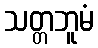
သတ္တဘူမံ